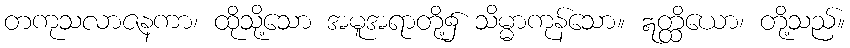
တကုသလာဇနကာ၊ ထိုသို့သော အမူအရာတို့၌ သိမ္မာကုန်သော။ ဣတ္ထိယော၊ တို့သည်။